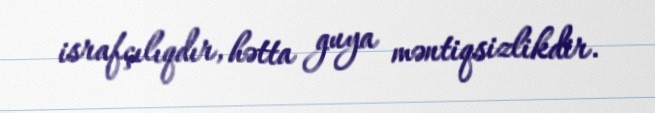
israfçılıqdır, hətta guya məntiqsizlikdir.